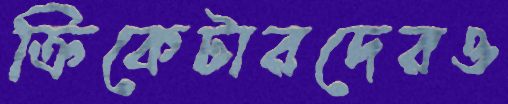
ক্রিকেটারদেরও